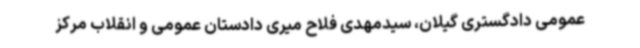
عمومی دادگستری گیلان، سیدمهدی فلاح میری دادستان عمومی و انقلاب مرکز